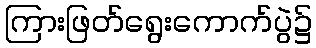
ကြားဖြတ်ရွေးကောက်ပွဲ၌